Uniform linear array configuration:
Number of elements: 8
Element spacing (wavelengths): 1
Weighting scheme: hamming
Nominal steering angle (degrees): -45
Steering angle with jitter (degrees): -43.068
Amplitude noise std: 0.05
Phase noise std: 0.05

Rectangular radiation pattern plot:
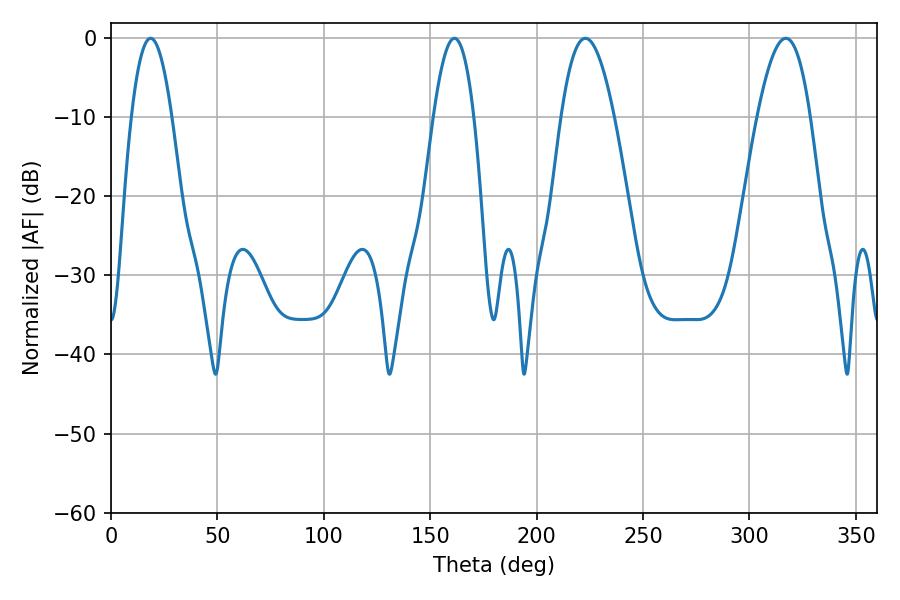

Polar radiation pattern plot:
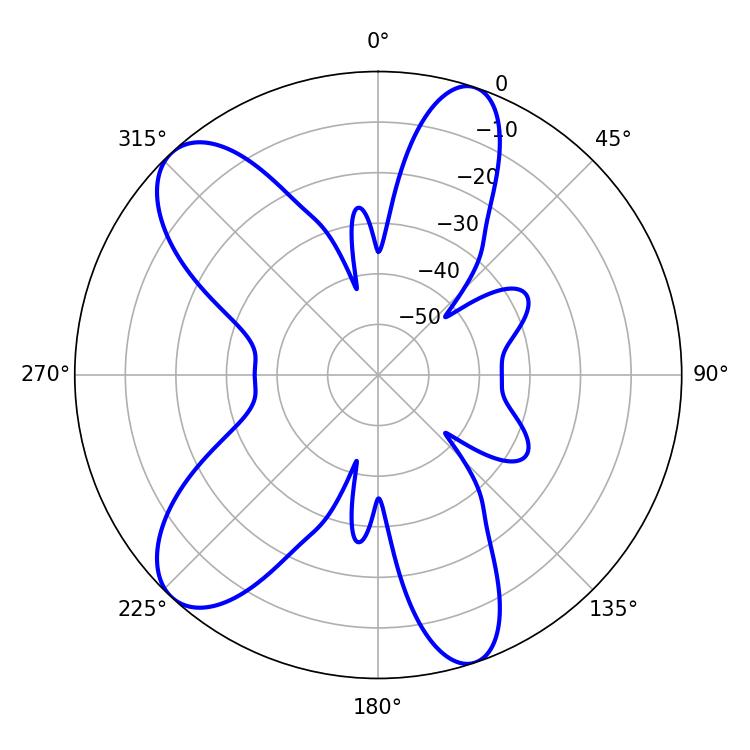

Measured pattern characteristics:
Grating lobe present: TRUE
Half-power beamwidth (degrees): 13.68
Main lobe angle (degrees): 222.84